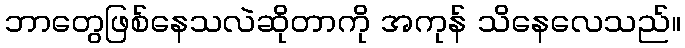
ဘာတွေဖြစ်နေသလဲဆိုတာကို အကုန် သိနေလေသည်။